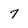
Character: 7